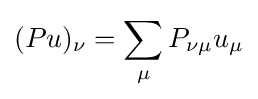
(Pu)_{\nu }=\sum _{\mu }P_{\nu \mu }u_{\mu }